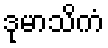
ဒုမာသိကံ